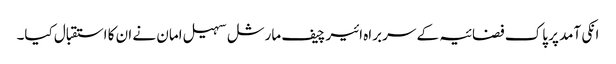
انکی آمد پر پاک فضائیہ کے سربراہ ائیر چیف مارشل سہیل امان نے ان کا استقبال کیا۔